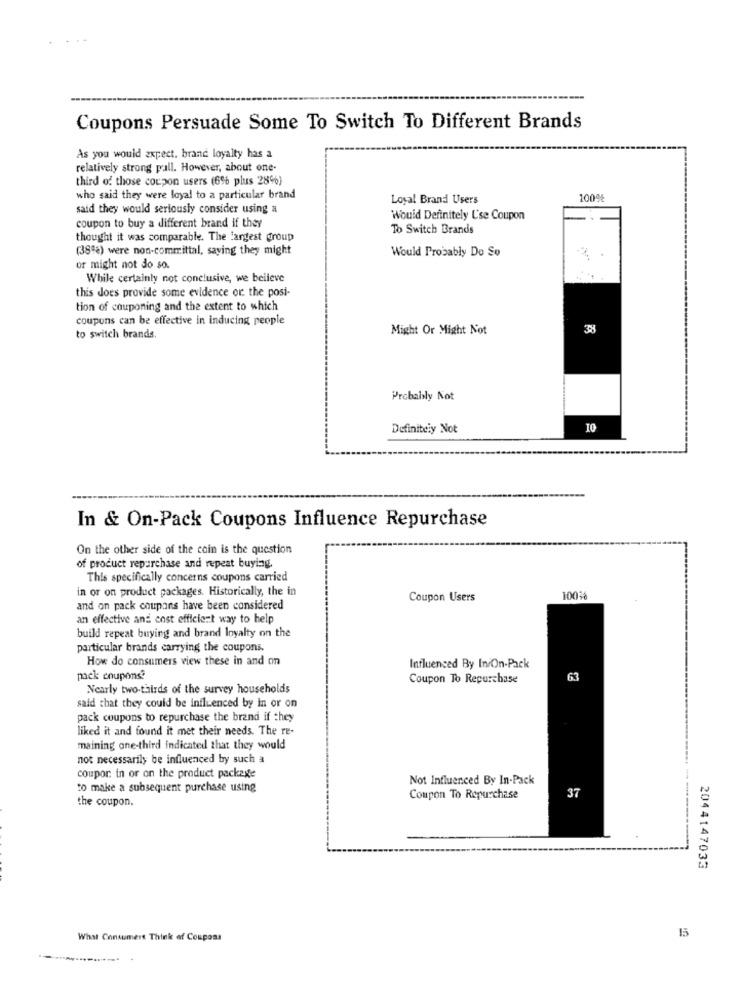
....
Coupons Persuade Some To Switch To Different Brands
As you would expect, brand loyalty has a
relatively strong pall. However, about one-
third of those coupon users (6% plus 28%)
who said they were loyal to a particular brand
Loyal Brand Users
100%
said they would seriously consider using a
Would Definitely Use Coupon
coupon to buy a different brand if they
To Switch Brands
thought it was comparable. The largest group
(38%) were non-committal, saying they might
Would Probably Do So
or might not do so.
While certainly not conclusive, we believe
this does provide some evidence or the posi-
tion of couponing and the extent to which
coupons can be effective in inducing people
Might Or Might Not
38
to switch brands.
Probably Not
Definitely Not
In & On-Pack Coupons Influence Repurchase
On the other side of the coin is the question
of product repurchase and repeat buying.
This specifically concerns coupons carried
in or on product packages. Historically, the in
Coupon Users
100%
and on pack coupons have been considered
an effective and cost efficient way to help
build repeat buying and brand loyalty on the
particular brands carrying the coupons.
How do consumers view these in and on
Influenced By IniOn-Pack
pack coupons?
Coupon To Repurchase
63
Nearly two-thirds of the survey households
said that they could be influenced by in or on
pack coupons to repurchase the brand if they
liked it and found it met their needs. The re-
maining one-third indicated that they would
not necessarily be influenced by such a
coupor in or on the product package
Not Influenced By In-Pack
to make a subsequent purchase using
37
the coupon.
Coupon To Repurchase
2044147033
15
What Consumers Think of Coupons